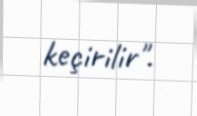
keçirilir".